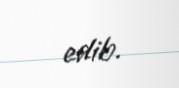
edib.